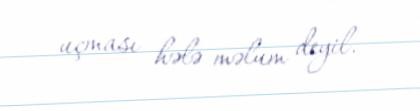
uçması hələ məlum deyil.